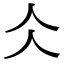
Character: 仌